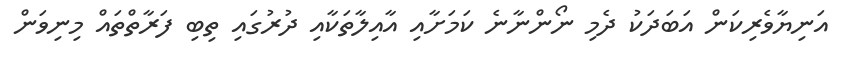
އަނިޔާވެރިކަން އަބަދަކު ދެމި ނޯންނާނެ ކަމަށާއި އާއިލާތަކާއި ދުރުގައި ތިބި ފަރާތްތައް މިނިވަން